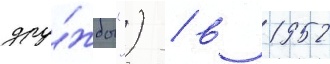
дру́жбы") / в 1952